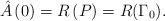
LaTeX: \begin{align*}\hat{A}\left( 0 \right)=R\left( P \right)=R(\Gamma_{0}).\end{align*}